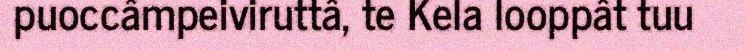
puoccâmpeiviruttâ, te Kela looppât tuu